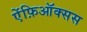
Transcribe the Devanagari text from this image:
ऐंफ़िऑक्सस